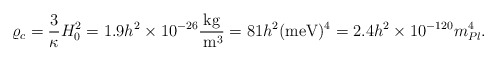
\begin{align*}\varrho_c=\frac{3}{\kappa}H_0^2=1.9h^2\times 10^{-26}\frac{\mbox{kg}}{\,\mbox{m}^3}=81h^2(\mbox{meV})^4=2.4h^2\times 10^{-120}m_{Pl}^4.\end{align*}